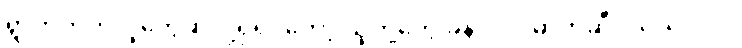
ရွာဘက်ကလူတွေဆိုလို့ရှိရင်တော့ သူတို့တွေ ခုနလိုပဲ၊ ဓာတ်ဆီဝယ်သလိုပဲ။